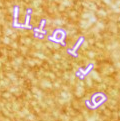
ويلمينا